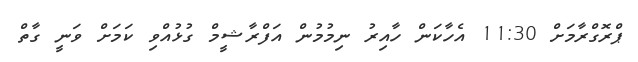
ޕްރޮގްރާމަށް 11:30 އެހާކަން ހާއިރު ނިމުމުން އަފްރާޝީމް ގުޅުއްވި ކަމަށް ވަނީ ގާތް